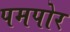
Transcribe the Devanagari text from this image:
पमपोर